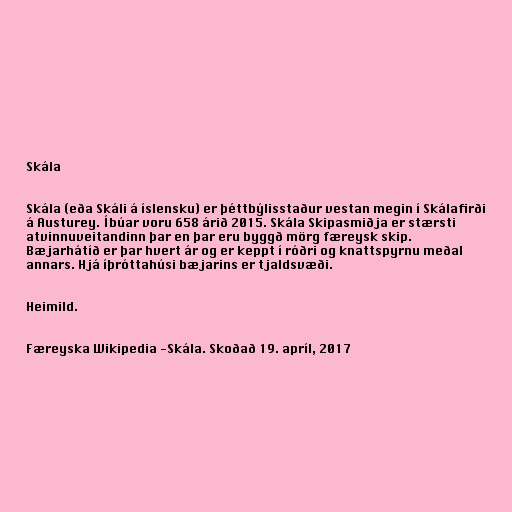
Skála

Skála (eða Skáli á íslensku) er þéttbýlisstaður vestan megin í Skálafirði
á Austurey. Íbúar voru 658 árið 2015. Skála Skipasmiðja er stærsti
atvinnuveitandinn þar en þar eru byggð mörg færeysk skip.
Bæjarhátíð er þar hvert ár og er keppt í róðri og knattspyrnu meðal
annars. Hjá íþróttahúsi bæjarins er tjaldsvæði.

Heimild.

Færeyska Wikipedia -Skála. Skoðað 19. apríl, 2017